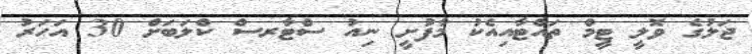
ޖަލުގެ ވޮލީ ޓީމް ތައްޓާއިއެކު މާފުށީ ނިއު ސްޓާރސް ކްލަބަށް 30 އަހަރު